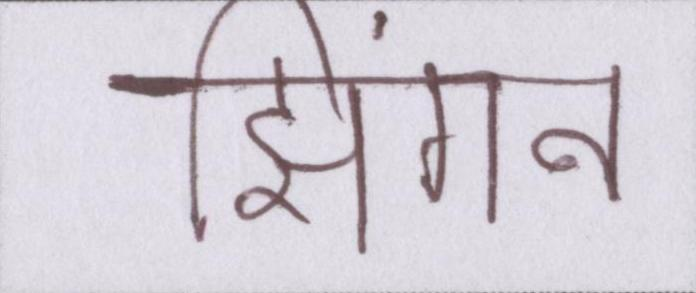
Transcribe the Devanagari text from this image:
झिंगन